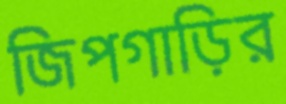
জিপগাড়ির